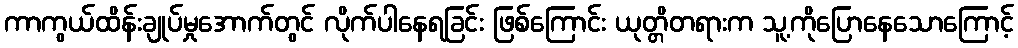
ကာကွယ်ထိန်းချုပ်မှုအောက်တွင် လိုက်ပါနေရခြင်း ဖြစ်ကြောင်း ယုတ္တိတရားက သူ့ကိုပြောနေသောကြောင့်